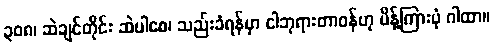
၃၀၈၊ ဆဲချင်တိုင်း ဆဲပါစေ၊ သည်းခံရန်မှာ ငါဘုရားတာဝန်ဟု မိန့်ကြားပုံ ဂါထာ။